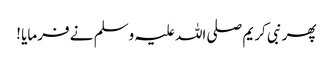
پھر نبی کریم صلی اللہ علیہ وسلم نے فرمایا !